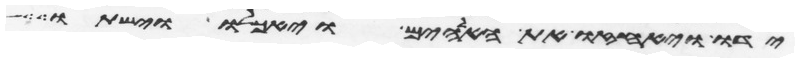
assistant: ידו ויאחזו את האלהים ויאכלו וישתו